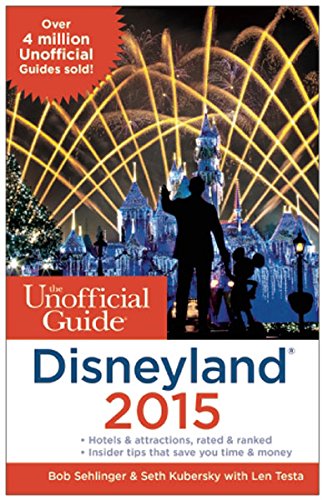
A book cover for The Unofficial Guide to Disneyland 2015; Bob Sehlinger; Parenting & Relationships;